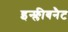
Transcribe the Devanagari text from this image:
इन्फ्लीबनैट